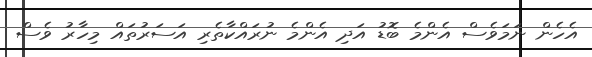
އެހެން ނަމަވެސް އެންމެ ބޮޑު އަދި އެންމެ ނުރައްކާތެރި އަސަރުތައް މިހާރު ވެސް